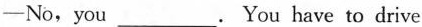
—No, you ___. You have to drive